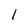
Character: 1